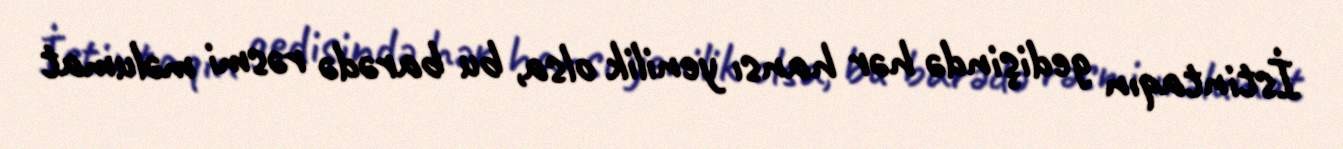
İstintaqın gedişində hər hansı yenilik olsa, bu barədə rəsmi məlumat